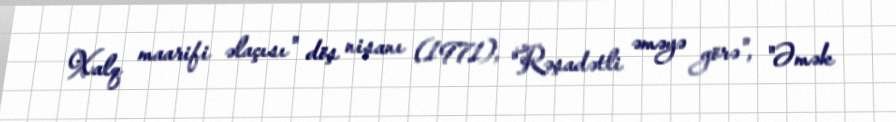
Xalq maarifi əlaçısı" döş nişanı (1971), "Rəşadətli əməyə görə", "Əmək